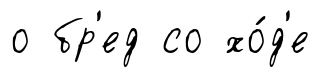
о бр'ед со хо́д'е